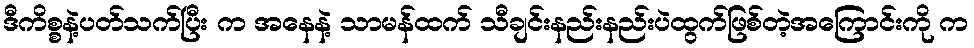
ဒီကိစ္စနဲ့ပတ်သက်ပြီး က အနေနဲ့ သာမန်ထက် သီချင်းနည်းနည်းပဲထွက်ဖြစ်တဲ့အကြောင်းကို က